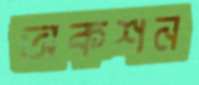
অকশন